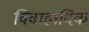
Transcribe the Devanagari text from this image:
विवाहादिक